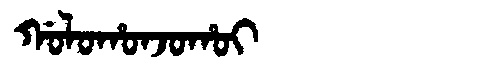
Manchu: ᡤᠣᠯᠣᡥᠣᠨᠵᠣᡥᠣᡳ
Romanization: GOLOHONJOHOI